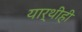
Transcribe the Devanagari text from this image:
यार्थीही